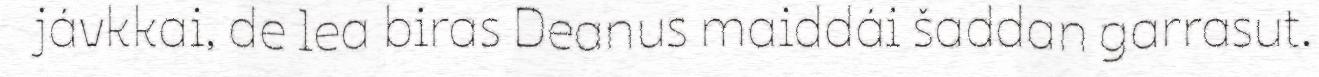
jávkkai, de lea biras Deanus maiddái šaddan garrasut.